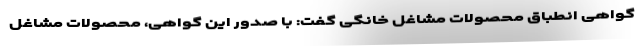
گواهی انطباق محصولات مشاغل خانگی گفت: با صدور این گواهی، محصولات مشاغل